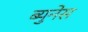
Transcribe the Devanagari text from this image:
ब्युनेस